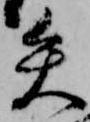
矢